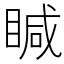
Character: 䁍